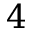
4